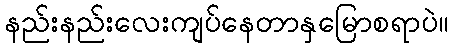
နည်းနည်းလေးကျပ်နေတာနှမြောစရာပဲ။